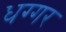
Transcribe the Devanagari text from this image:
धग्गर